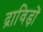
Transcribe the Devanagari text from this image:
द्राविड़ों